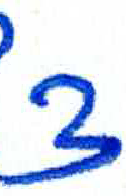
אות: צ